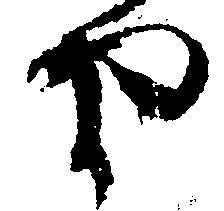
や